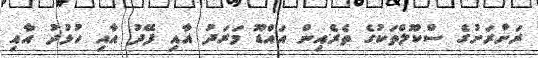
ރަށްރަށުގެ ސްކޫލްތަކުގެ ތެރެއިން އައްޑޫ މަރަދު އާއި ފޭދު އާއި ހުޅުދު އާއި